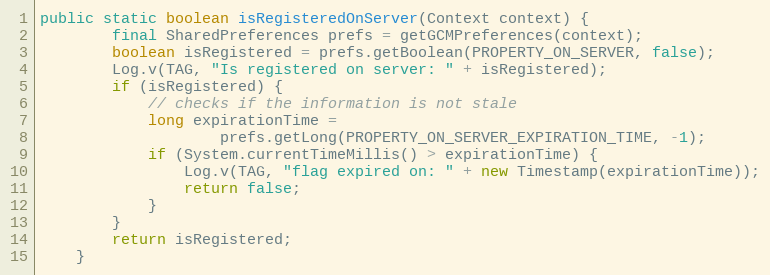
Language: Java
public static boolean isRegisteredOnServer(Context context) {
        final SharedPreferences prefs = getGCMPreferences(context);
        boolean isRegistered = prefs.getBoolean(PROPERTY_ON_SERVER, false);
        Log.v(TAG, "Is registered on server: " + isRegistered);
        if (isRegistered) {
            // checks if the information is not stale
            long expirationTime =
                    prefs.getLong(PROPERTY_ON_SERVER_EXPIRATION_TIME, -1);
            if (System.currentTimeMillis() > expirationTime) {
                Log.v(TAG, "flag expired on: " + new Timestamp(expirationTime));
                return false;
            }
        }
        return isRegistered;
    }